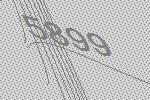
5899